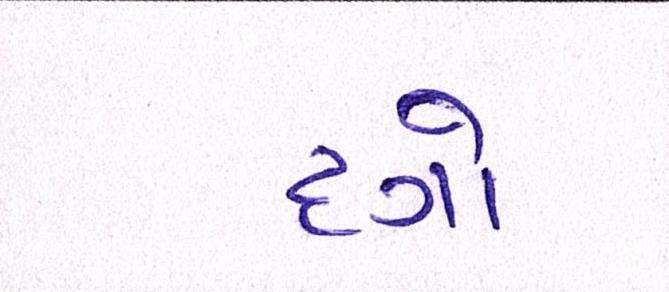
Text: દગો